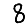
Digit: 8